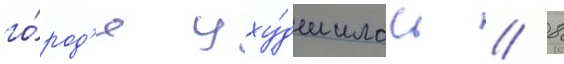
го́род'е уху́дшилась // 8